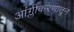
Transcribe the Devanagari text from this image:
आंग्लीकरणातून